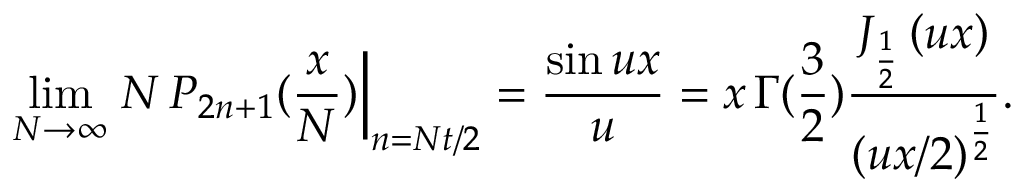
\operatorname * { l i m } _ { N \rightarrow \infty } \left. N \, P _ { 2 n + 1 } ( \frac { x } { N } ) \right| _ { n = N t / 2 } = \frac { \sin u x } { u } = x \, \Gamma ( \frac 3 2 ) \frac { J _ { \frac 1 2 } \left( u x \right) } { \left( u x / 2 \right) ^ { \frac 1 2 } } .